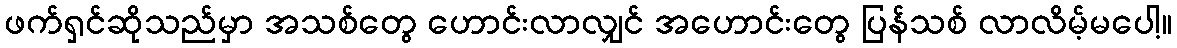
ဖက်ရှင်ဆိုသည်မှာ အသစ်တွေ ဟောင်းလာလျှင် အဟောင်းတွေ ပြန်သစ် လာလိမ့်မပေါ့။